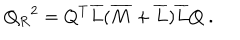
LaTeX: Q _ { R } { } ^ { 2 } = Q ^ { T } \overline { { { L } } } ( \overline { { { M } } } + \overline { { { L } } } ) \overline { { { L } } } Q \ .